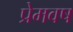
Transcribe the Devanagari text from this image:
प्रेमवष